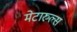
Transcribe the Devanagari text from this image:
मेटारुल्स